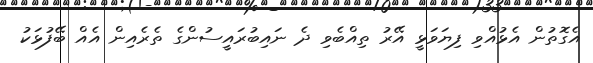
އެގޮތުން އެޅުއްވި ފިޔަވަޅީ އޭރު ތިއްބެވި ދެ ނައިބުރައީސުންގެ ތެރެއިން އެއް ބޭފުޅަކު